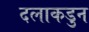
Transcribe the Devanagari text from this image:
दलाकडुन